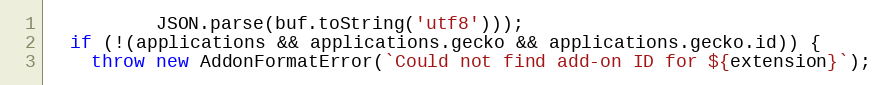
Language: JavaScript
          JSON.parse(buf.toString('utf8')));
  if (!(applications && applications.gecko && applications.gecko.id)) {
    throw new AddonFormatError(`Could not find add-on ID for ${extension}`);